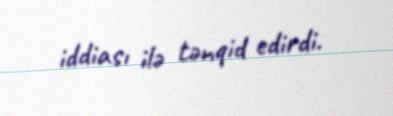
iddiası ilə tənqid edirdi.